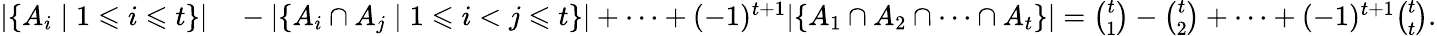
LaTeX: \begin{array}{rl}{|\{ A_{i}\mid 1\leqslant i\leqslant t\} |}&{{}-|\{ A_{i}\cap A_{j}\mid 1\leqslant i<j\leqslant t\} |+\cdots+(-1)^{t+1}|\{ A_{1}\cap A_{2}\cap\cdots\cap A_{t}\} |={\binom{t}{1}}-{\binom{t}{2}}+\cdots+(-1)^{t+1}{\binom{t}{t}}.}\end{array}